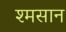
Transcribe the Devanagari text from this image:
श्मसान